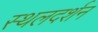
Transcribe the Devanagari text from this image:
स्थलदर्शन